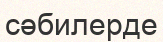
сәбилерде